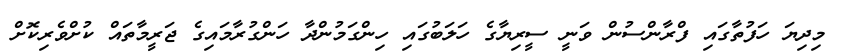
މިދިޔަ ހަފުތާގައި ފްރާންސުން ވަނީ ސީރިޔާގެ ހަލަބުގައި ހިންގަމުންދާ ހަންގުރާމައިގެ ޖަރީމާތައް ކުށްވެރިކޮށް